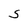
Character: S